Vaccination in Bombay 1889-1901 - 1889-1901
Year: 1889
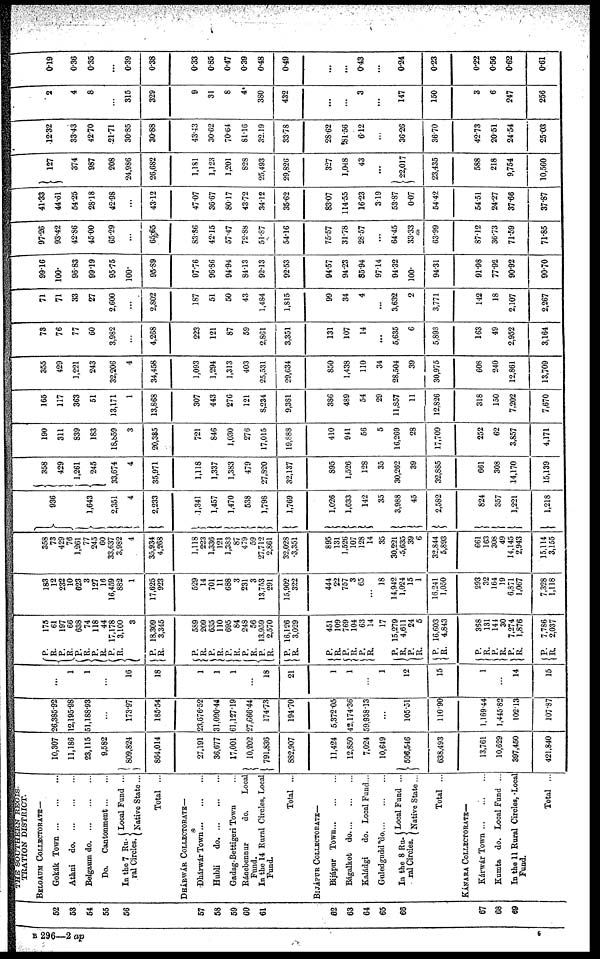
52
53
54
55
56
57
58
59
60
61
62
63
64
65
66
67
68
69
THE SOUTHERN REGIS-
TRATION DISTRICT.
BELGAUM COLLECTORATE—
Gokák
Town...
...
...
Athni
do. ... ... ...
Belgaum do.
...
...
...
Do.
Cantonment... ...
In the 7 Ru¬
ral Circles.
Local Fund ...
Native State...
Total ...
DHÁRWÁR COLLECTORATE—
Dhárwár Town...
...
...
Hubli
do. ... ... ...
Gadag-Bettigeri Town ...
Ránebennur
do.
Local
Fund.
In the 14 Rural Circles, Local
Fund.
Total ...
BIJÁPUR COLLECTORATE—
Bijápur
Town... ... ...
Bágalkot
do. ... ... ...
Kaládgi
do. Local Fund...
Guledgudd do. ... ... ...
In the 8 Ru¬
ral Circles.
Local Fund ...
Native State...
Total ...
KÁNARA COLLECTORATE—
Kárwár Town ...
... ...
Kumta do. Local Fund ...
In the 11 Rural Circles, Local
Fund.
Total ...
10,307
11,186
23,115
9,582
809,824
864,014
27,191
36,677
17,001
10,202
791,836
882,907
11,424
12,850
7,024
10,649
596,546
638,493
13,761
10,629
397,450
421,840
26,385.92
12,195.98
51,188.93
...
173.97
185.54
23,676.52
31,090.44
61,127.19
27,666.44
174.73
194.70
5,372.05
42,174.36
59,938.13
...
105.51
110.90
1,169.44
1,445.82
102.13
107.87
...
1
1
...
16
18
1
1
1
...
18
21
1
1
...
1
12
15
1
...
14
15
P.
R.
P.
R.
P.
R.
P.
R.
P.
R.
175
61
197
66
638
74
118
44
17,178
3,100
3
P.
R.
18,309
3,345
P.
R. P.
R.
P.
R.
P.
R.
P.
R.
P.
R.
589
209
635
110
695
84
248
56
13,959
2,570
16,126
3,029
P.
R.
P.
R.
P.
R.
451
109
769
104
63
14
17
P.
R.
P.
R.
P.
R.
15,279
4,611
24
5
16,603
4,843
P.
R.
P.
R.
P.
R.
P.
R.
368
131
144
30
7,274
1,876
7,786
2,037
183
12
232
10
623
3
127
16
16,459
882
1
17,625
923
529
14
701
11
688
3
231
3
13,753
291
15,902
322
444
22
757
3
65
...
18
14,942
1,024
15
1
16,241
1,050
293
32
164
19
6,871
1,067
7,328
1,118
358
73
429
76
1,261
77
245
60
33,637
3,982
4
35,934
4,268
1,118
223
1,336
121
1,383
87
479
59
27,712
2,861
32,028
3,351
895
131
1,526
107
128
14
35
30,221
5,635
39
6
32,844
5,893
661
163
308
49
14,145
2,943
15,114
3,155
936
1,643
2,351
4
2,233
1,341
1,457
1,470
538
1,798
1,769
1,026
1,633
142
35
3,988
45
2,582
824
357
1,221
1,218
358
429
1,261
245
33,674
4
35,971
1,118
1,337
1,383
479
27,820
32,137
895
1,526
128
35
30,262
39
32,885
661
308
14,170
15,139
190
311
839
183
18,859
3
20,385
721
846
1,030
276
17,015
19,888
410
941
56
5
16,269
28
17,709
252
62
3,857
4,171
165
117
363
51
13,171
1
13,868
307
443
276
121
8,234
9,381
386
489
54
29
11,857
11
12,826
318
150
7,202
7,670
355
429
1,221
243
32,206
4
34,458
1,093
1,294
1,313
403
25,531
29,634
850
1,438
110
34
28,504
39
30,975
608
240
12,861
13,709
73
76
77
60
3,982
...
4,268
223
121
87
59
2,861
3,351
131
107
14
...
5,635
6
5,893
163
49
2,952
3,164
71
71
33
27
2,600
...
2,802
187
51
50
43
1,484
1,815
99
34
4
...
3,632
2
3,771
142
18
2,107
2,267
99.16
100.
96.83
99.19
95.75
100.
95.89
97.76
96.86
94.94
84.13
92.13
92.53
94.57
94.23
85.94
97.14
94.32
100.
94.31
91.98
77.92
90.92
90.70
97.26
93.42
42.86
45.00
65.29
...
65.65
83.86
42.15
57.47
72.88
51.87
54.16
75.57
31.78
28.57
...
64.45
33.33
63.99
87.12
36.73
71.59
71.85
41.33
44.61
54.25
28.18
42.98
...
43.12
47.07
36.67
80.17
43.72
34.12
35.62
83.07
114.55
16.23
3.19
53.87
0.07
54.42
54.51
24.27
37.66
37.87
127
374
987
208
24,986
26,682
1,181
1,123
1,201
828
25,493
29,826
327
1,048
43
...
22,017
23,435
588
218
9,754
10,560
12.32
33.43
42.70
21.71
30.85
30.88
43.43
30.62
70.64
81.16
32.19
33.78
28.62
81.56
6.12
...
36.26
36.70
42.73
20.51
24.54
25.03
2
4
8
...
315
329
9
31
8
4
380
432
...
...
3
...
147
150
3
6
247
256
0.19
0.36
0.35
...
0.39
0.38
0.33
0.85
0.47
0.39
0.48
0.49
...
...
0.43
...
0.24
0.23
0.22
0.56
0.62
0.61
B 296—2 ap
5